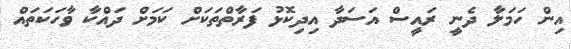
އިން ހަމަލާ ދެނީ ރައީސް އަސަދާ އިދިކޮޅު ފަރާތްތަކަށް ކަމަށް ދައްކާ ވާހަކަތައް